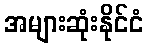
အများဆုံးနိုင်ငံ